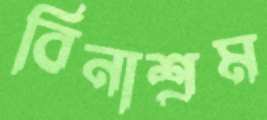
বিনাশ্রম